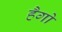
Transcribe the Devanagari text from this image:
हैगो